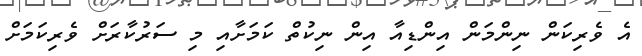
އެ ވެރިކަން ނިންމަން އިންޑިއާ އިން ނިކުތް ކަމަށާއި މި ސަރުކާރަށް ވެރިކަމަށް